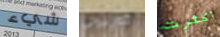
شيء كورليونى أكثرت